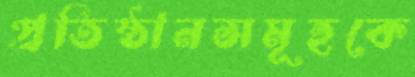
প্রতিষ্ঠানসমূহকে